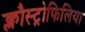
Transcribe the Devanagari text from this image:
क्लौस्ट्रोफिलिया